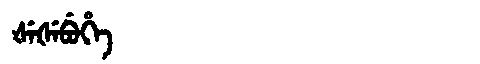
Manchu: ᡧᡝᡧᡝᠪᡠᡥᡝ
Romanization: ŠEŠEBUHE